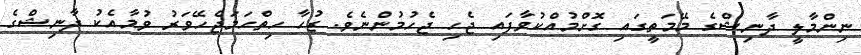
ނިންމާލީ ދާނިޝްގެ މޭމަތީގައި ގޮށްމުއްކުވާފައި ޖެހި ޖެހުމުންނެވެ. ޒުހާ ހިތްހަމަޖެހޭވަރު ވުމާއެކު ދާނިޝްގެ